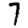
Digit: 7